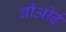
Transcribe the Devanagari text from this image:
बीओई